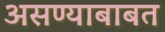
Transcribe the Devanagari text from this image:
असण्याबाबत